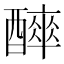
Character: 𨣑